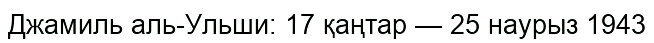
Джамиль аль-Ульши: 17 қаңтар — 25 наурыз 1943